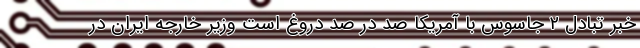
خبر تبادل ۲ جاسوس با آمریکا صد در صد دروغ است وزیر خارجه ایران در